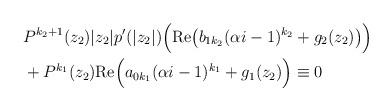
LaTeX: \begin{align*}& P^{k_2+1}(z_2)|z_2|p'(|z_2|)\Big(\mathrm{Re}\big(b_{1k_2}(\alpha i-1)^{k_2}+g_2(z_2)\big)\Big)\\&+P^{k_1}(z_2)\mathrm{Re} \Big(a_{0k_1}(\alpha i-1)^{k_1}+g_1(z_2)\Big)\equiv 0\end{align*}